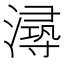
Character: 𰝐